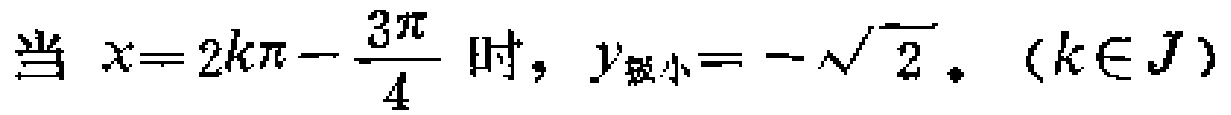
当 \(x = 2k\pi - \frac{3\pi}{4}\) 时，\(y_{最小}=-\sqrt{2}\)。\((k\in \mathbb{J})\)